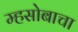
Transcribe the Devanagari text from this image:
म्हसोबाचा